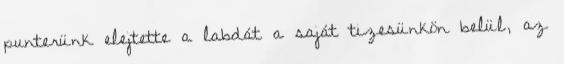
punterünk elejtette a labdát a saját tizesünkön belül, az